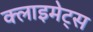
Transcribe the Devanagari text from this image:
क्लाइमेट्स